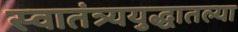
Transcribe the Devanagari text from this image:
स्वातंत्र्ययुद्धातल्या